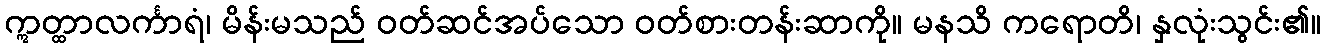
ဣတ္ထာလင်္ကာရံ၊ မိန်းမသည် ဝတ်ဆင်အပ်သော ဝတ်စားတန်းဆာကို။ မနသိ ကရောတိ၊ နှလုံးသွင်း၏။